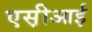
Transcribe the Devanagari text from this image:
एस़ीआई